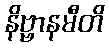
နိဗ္ဗာနမီတိ